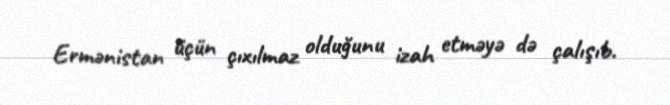
Ermənistan üçün çıxılmaz olduğunu izah etməyə də çalışıb.